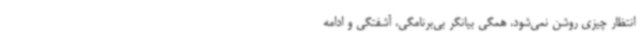
انتظار چیزی روشن نمی‌شود، همگی بیانگر بی‌برنامگی، آشفتگی و ادامه